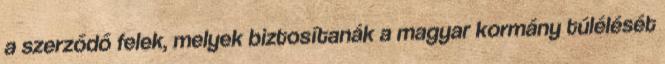
a szerződő felek, melyek biztosítanák a magyar kormány túlélését